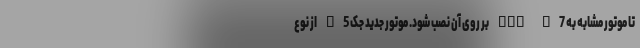
تا موتور مشابه به KMC K7 بر روی آن نصب شود. موتور جدید جک S5 از نوع